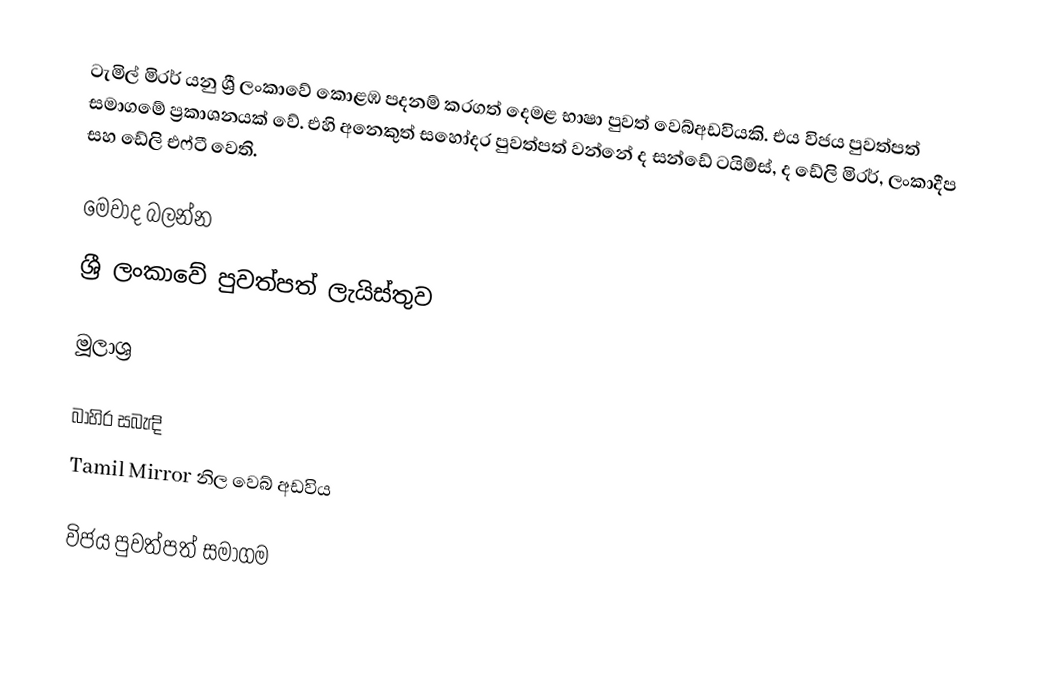
ටැමිල් මිරර් යනු ශ්‍රී ලංකාවේ කොළඹ පදනම් කරගත් දෙමළ භාෂා පුවත් වෙබ්අඩවියකි. එය විජය පුවත්පත් සමාගමේ ප්‍රකාශනයක් වේ. එහි අනෙකුත් සහෝදර පුවත්පත් වන්නේ ද සන්ඩේ ටයිම්ස්, ද ඩේලි මිරර්, ලංකාදීප සහ ඩේලි එෆ්ටී වෙති.

මෙවාද බලන්න
ශ්‍රී ලංකාවේ පුවත්පත් ලැයිස්තුව

මූලාශ්‍ර

බාහිර සබැඳි
 Tamil Mirror නිල වෙබ් අඩවිය

විජය පුවත්පත් සමාගම